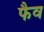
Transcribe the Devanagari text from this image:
फैव